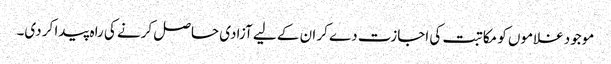
موجود غلاموں کو مکاتبت کی اجازت دے کر ان کے لیے آزادی حاصل کرنے کی راہ پیدا کر دی۔